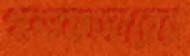
গডফাদারের